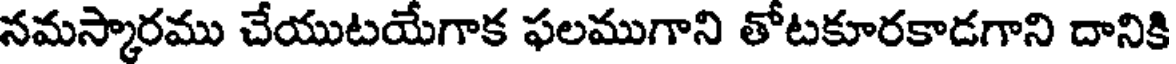
నమస్కారము చేయుటయేగాక ఫలముగాని తోటకూరకాడగాని దానికి